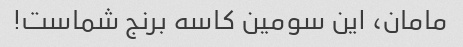
مامان، این سومین کاسه برنج شماست!